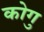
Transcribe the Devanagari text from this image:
कोगु